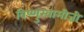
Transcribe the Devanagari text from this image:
विष्णुस्वामीजी